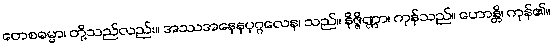
တေစဓမ္မာ၊ တို့သည်လည်း။ အဿအနေနပုဂ္ဂလေန၊ သည်။ နိဇ္ဇိဏ္ဏာ၊ ကုန်သည်။ ဟောန္တိ၊ ကုန်၏။